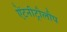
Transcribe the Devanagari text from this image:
ऐंटनीट्रौलौप